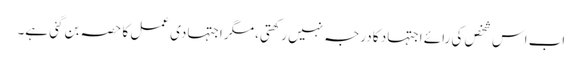
اب اس شخص کی رائے اجتہاد کا درجہ نہیں رکھتی، مگر اجتہادی عمل کا حصہ بن گئی ہے۔